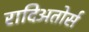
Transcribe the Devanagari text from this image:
रादिअतोर्स